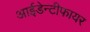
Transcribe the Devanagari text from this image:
आईडेन्टीफायर